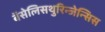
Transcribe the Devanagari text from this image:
बॅसेलिसथुरिन्जेन्सिस